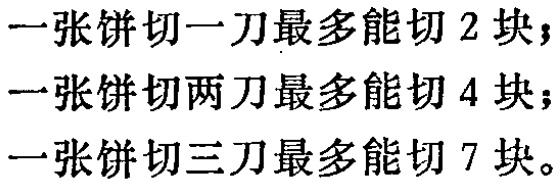
一张饼切一刀最多能切 2 块；

一张饼切两刀最多能切 4 块；

一张饼切三刀最多能切 7 块。